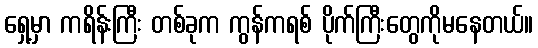
ရှေ့မှာ ကရိန်းကြီး တစ်ခုက ကွန်ကရစ် ပိုက်ကြီးတွေကိုမနေတယ်။